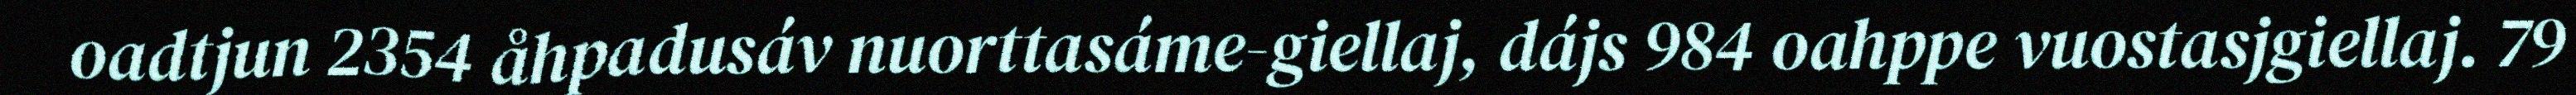
oadtjun 2354 åhpadusáv nuorttasáme-giellaj, dájs 984 oahppe vuostasjgiellaj. 79